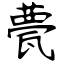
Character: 甍